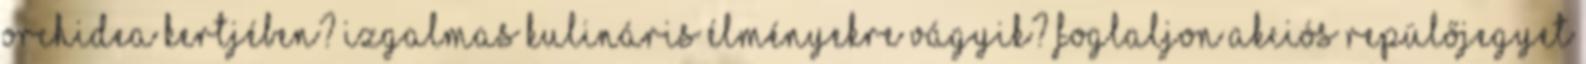
orchidea kertjében? Izgalmas kulináris élményekre vágyik? Foglaljon akciós repülőjegyet